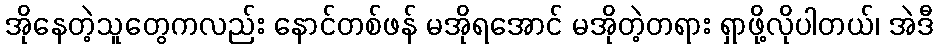
အိုနေတဲ့သူတွေကလည်း နောင်တစ်ဖန် မအိုရအောင် မအိုတဲ့တရား ရှာဖို့လိုပါတယ်၊ အဲဒီ